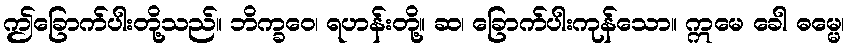
ဤခြောက်ပါးတို့သည်။ ဘိက္ခဝေ၊ ရဟန်းတို့။ ဆ၊ ခြောက်ပါးကုန်သော။ ဣမေ ခေါ ဓမ္မေ၊